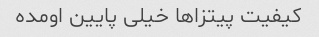
کیفیت پیتزاها خیلی پایین اومده